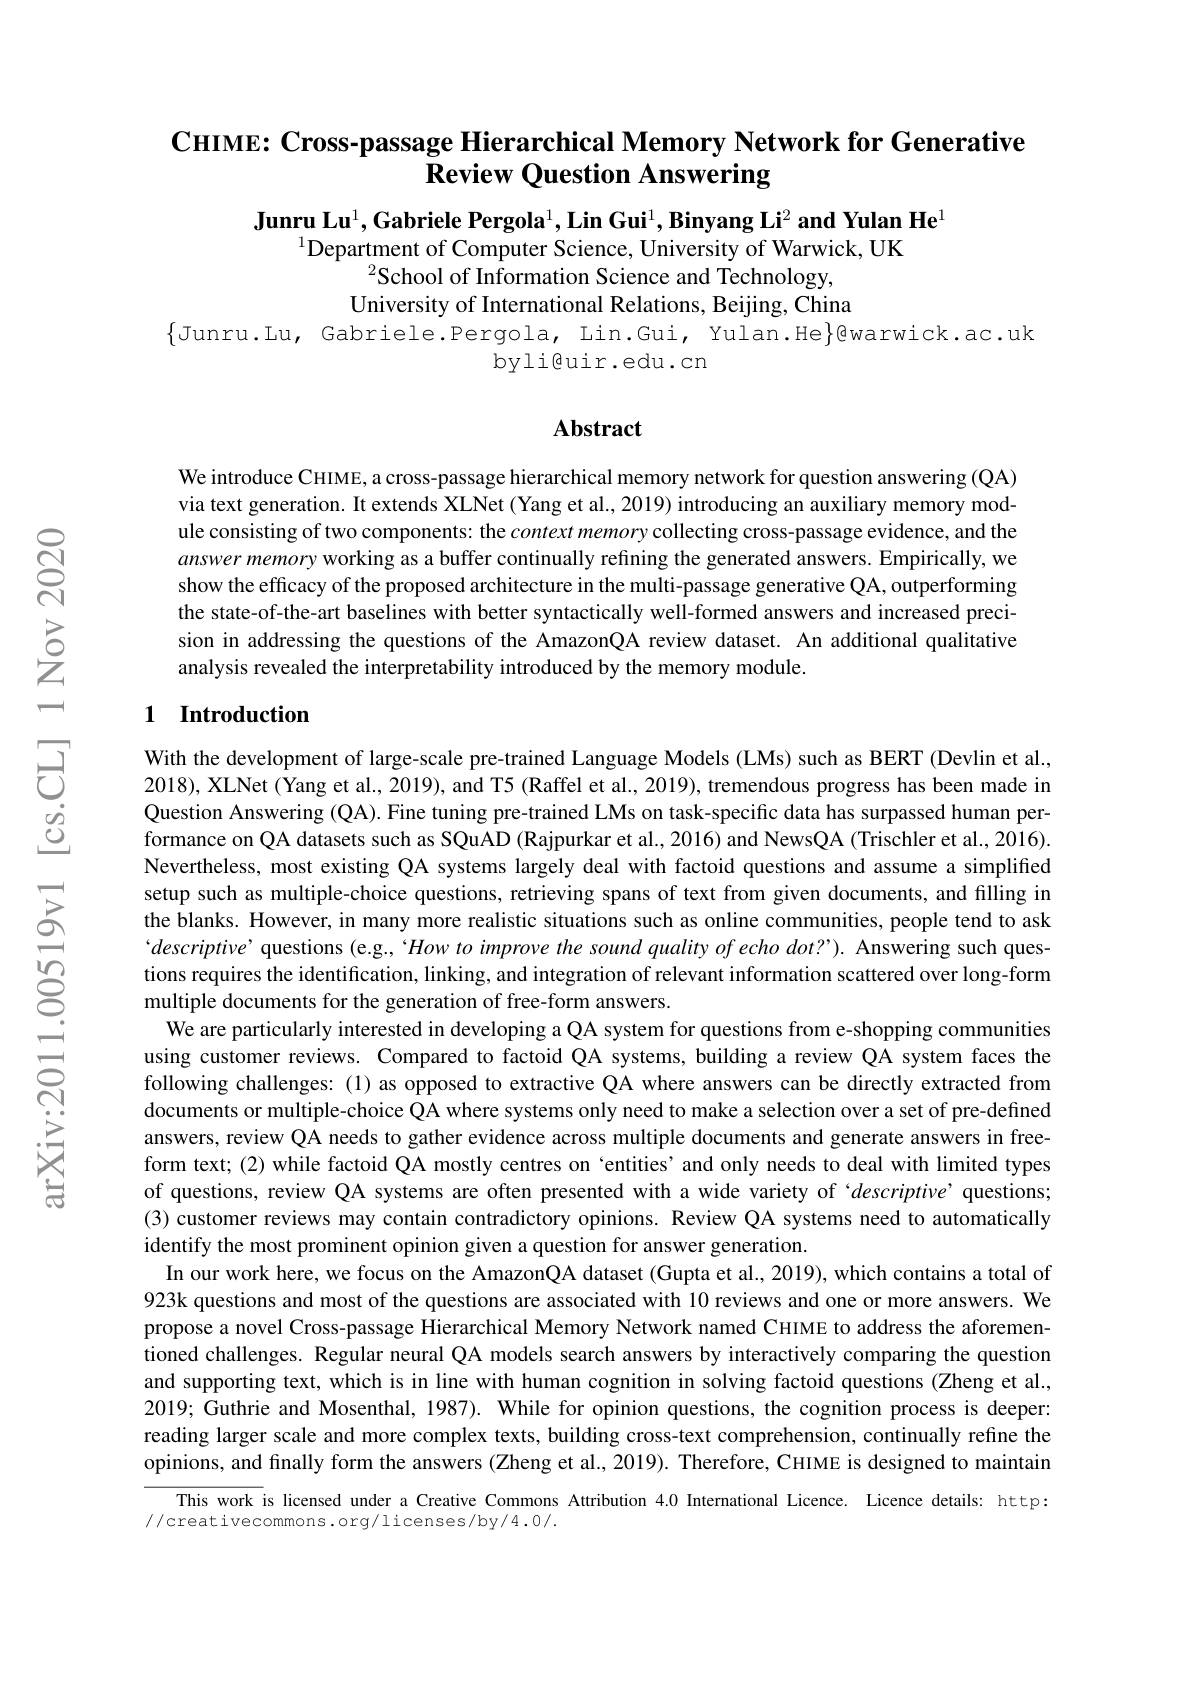
# $\mathsf{C}$HIME: Cross-passage Hierarchical Memory Network for Generative Review Question Answering

Junru Lu$^1,\textbf{Gabriele Pergola}^1,\textbf{Lin Gui}^1,\textbf{Binyang Li}^2$ and Yulan He$^1$
$^{1}$Department of Computer Science, University of Warwick, UK
$^{2}$School of Information Science and Technology, University of International Relations, Beijing, China

$\{$Junru.Lu, Gabriele.Pergola, Lin.Gui, Yulan.He$\}$@warwick.ac.uk
byli@uir.edu.cn

## Abstract

We introduce CHIME, a cross-passage hierarchical memory network for question answering (QA) via text generation. It extends XLNet (Yang et al., 2019) introducing an auxiliary memory module consisting of two components: the context memory collecting cross-passage evidence, and the answer memory working as a buffer continually refining the generated answers. Empirically, we show the efficacy of the proposed architecture in the multi-passage generative QA, outperforming the state-of-the-art baselines with better syntactically well-formed answers and increased precision in addressing the questions of the AmazonQA review dataset. An additional qualitative analysis revealed the interpretability introduced by the memory module.

## 1 Introduction

With the development of large-scale pre-trained Language Models (LMs) such as BERT (Devlin et al., 2018), XLNet (Yang et al., 2019), and T5 (Raffel et al., 2019), tremendous progress has been made in Question Answering (QA). Fine tuning pre-trained LMs on task-specific data has surpassed human performance on QA datasets such as SQuAD (Rajpurkar et al., 2016) and NewsQA (Trischler et al., 2016). Nevertheless, most existing QA systems largely deal with factoid questions and assume a simplified setup such as multiple-choice questions, retrieving spans of text from given documents, and filling in the blanks. However, in many more realistic situations such as online communities, people tend to ask $`descriptive’$questions (e.g.,“How to improve the sound quality of echo dot?”). Answering such questions requires the identification, linking, and integration of relevant information scattered over long-form multiple documents for the generation of free-form answers.
We are particularly interested in developing a QA system for questions from e-shopping communities using customer reviews. Compared to factoid QA systems, building a review QA system faces the following challenges:(1) as opposed to extractive QA where answers can be directly extracted from documents or multiple-choice QA where systems only need to make a selection over a set of pre-defined answers, review QA needs to gather evidence across multiple documents and generate answers in freeform text; (2) while factoid QA mostly centres on `entities' and only needs to deal with limited types of questions, review QA systems are often presented with a wide variety of ‘$descriptive’$ questions; (3) customer reviews may contain contradictory opinions. Review QA systems need to automatically identify the most prominent opinion given a question for answer generation.
In our work here, we focus on the AmazonQA dataset (Gupta et al., 2019), which contains a total of 923k questions and most of the questions are associated with 10 reviews and one or more answers. We propose a novel Cross-passage Hierarchical Memory Network named CHIME to address the aforementioned challenges. Regular neural QA models search answers by interactively comparing the question and supporting text, which is in line with human cognition in solving factoid questions (Zheng et al., 2019; Guthrie and Mosenthal, 1987). While for opinion questions, the cognition process is deeper: reading larger scale and more complex texts, building cross-text comprehension, continually refine the opinions, and fınally form the answers (Zheng et al., 2019). Therefore, CHIME is designed to maintain
This work is licensed under a Creative Commons Attribution 4.0 International Licence. Licence details: http:
//creativecommons.org/licenses/by/4.0/.